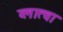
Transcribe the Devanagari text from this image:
व्लात्वा